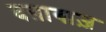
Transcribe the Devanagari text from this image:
दग़ाबाज़